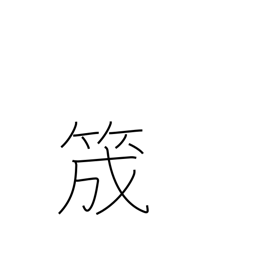
Meaning: guide for yarn on a loom